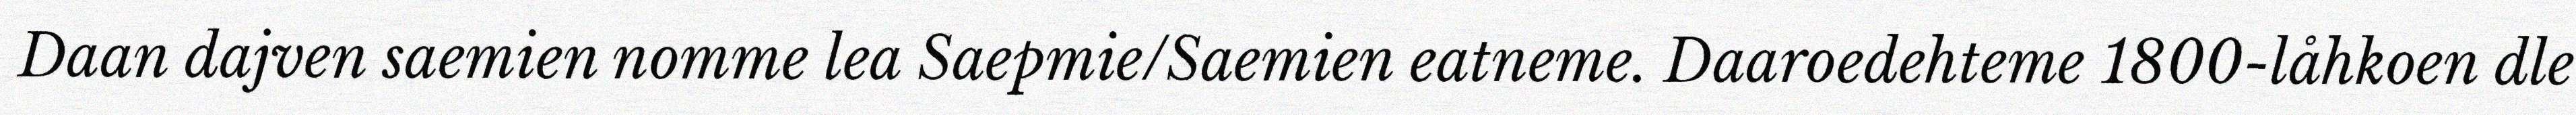
Daan dajven saemien nomme lea Saepmie/Saemien eatneme. Daaroedehteme 1800-låhkoen dle